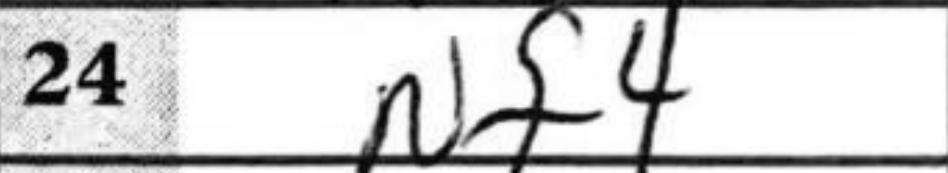
Transcription: Nf4